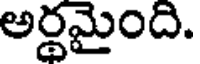
అర్ధమైంది.